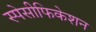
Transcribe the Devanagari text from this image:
स्पेसीफिकेशन